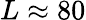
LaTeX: L\approx 80